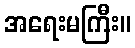
အရေးမကြီး။